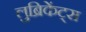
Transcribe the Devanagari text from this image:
लुब्रिकेंट्स